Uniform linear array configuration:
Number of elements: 48
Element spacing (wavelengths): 0.25
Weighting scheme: hamming
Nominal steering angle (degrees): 0
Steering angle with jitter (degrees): -0.4488
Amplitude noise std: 0.05
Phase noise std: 0.05

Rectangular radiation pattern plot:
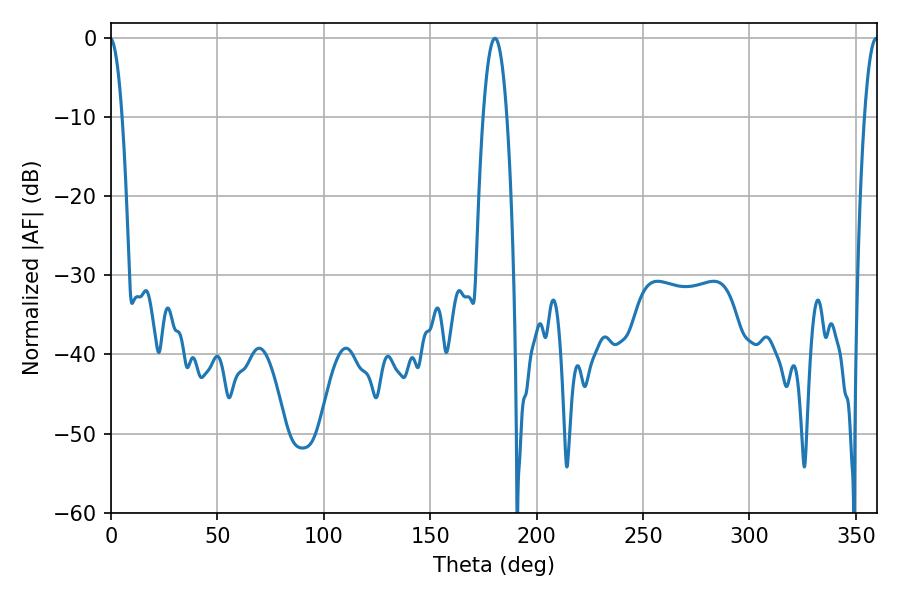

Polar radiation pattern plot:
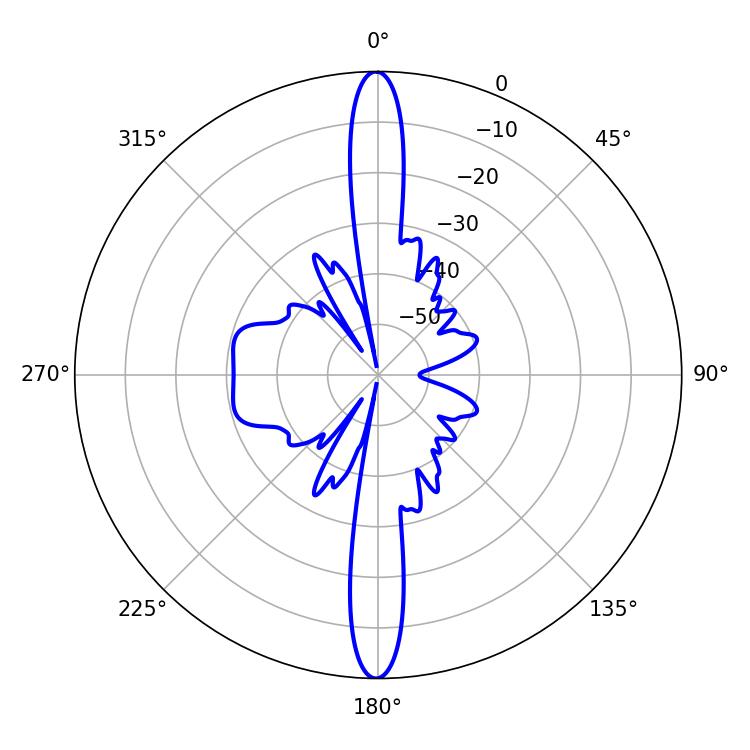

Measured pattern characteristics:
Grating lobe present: FALSE
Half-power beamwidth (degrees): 3.42
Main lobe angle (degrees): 359.64